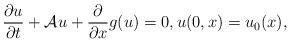
\begin{align*}\frac{\partial u}{\partial t}+{\cal A} u + \frac{\partial}{\partial x}g(u) =0, u(0, x) = u_{0}(x),\end{align*}